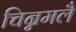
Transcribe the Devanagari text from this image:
चिन्नमलै